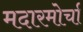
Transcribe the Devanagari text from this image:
मदारमोर्चा